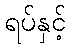
ရပ်နှင့်